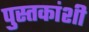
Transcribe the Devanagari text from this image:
पुस्तकांशी